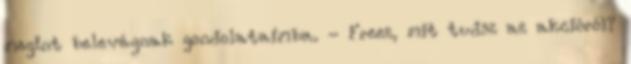
megint belevágnak gondolataimba. - Freez, mit tudsz az akcióról?